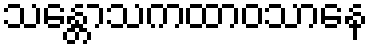
သန္တောသကထာဝသာနေ